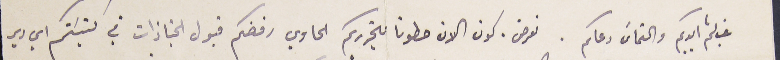
غب لثم ايديكم والثماسَ دعاكم. نعرض. كون الان حطونا بتحريركم الحاوي رفضكم قبول الجنازات في كنيسَتكم اي دير